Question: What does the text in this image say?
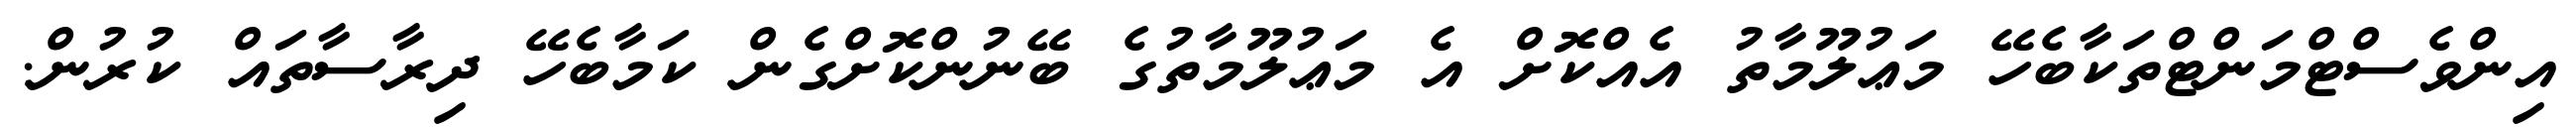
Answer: އިންވެސްޓްމަންޓްތަކާބެހޭ މަޢުލޫމާތު އެއްކޮށް އެ މަޢުލޫމާތުގެ ބޭނުންކޮށްގެން ކަމާބެހޭ ދިރާސާތައް ކުރުން.